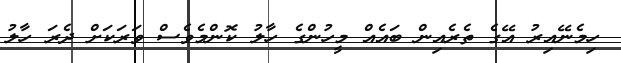
ހިމެނޭއިރު އޭގެ ތެރެއިން ބައެއް މީހުންގެ ހާލު ކޮންމެވެސް ވަރަކަށް ދެރަ ހާލު